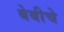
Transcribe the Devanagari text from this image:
बेबीचे